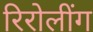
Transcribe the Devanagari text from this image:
रिरोलींग